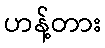
ဟန့်တား